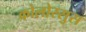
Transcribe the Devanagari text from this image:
कोलोस्सुस